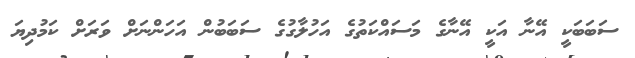
ސަބަބަކީ އޭނާ އަކީ އޭނާގެ މަސައްކަތުގެ އަހުލާގުގެ ސަބަބުން އަހަންނަށް ވަރަށް ކަމުދިޔަ